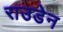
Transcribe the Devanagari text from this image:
राउडेन